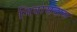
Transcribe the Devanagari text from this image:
निवासदास